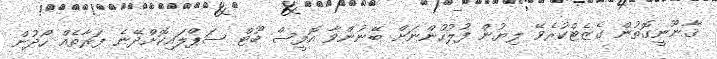
ޤާނޫނީގޮތުން ގެޒެޓްކުރެވޭ ލިޔުން ފުލުހުންނަށް ބޭނުންވާ އޮފީސް ބޫޓް ސަޕްލައިކޮށްދޭނެ ފަރާތެއް ހޯދުން